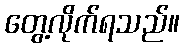
တွေ့လိုက်ရသည်။